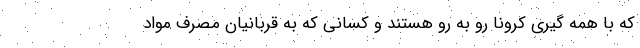
که با همه گیری کرونا رو به رو هستند و کسانی که به قربانیان مصرف مواد